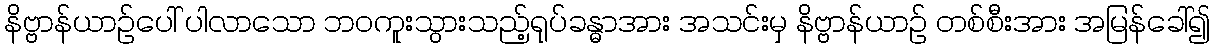
နိဗ္ဗာန်ယာဉ်ပေါ် ပါလာသော ဘဝကူးသွားသည့်ရုပ်ခန္ဓာအား အသင်းမှ နိဗ္ဗာန်ယာဉ် တစ်စီးအား အမြန်ခေါ်၍